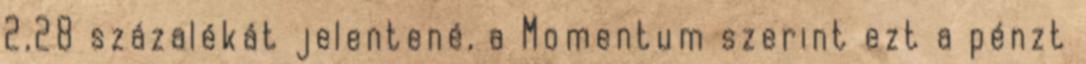
2,28 százalékát jelentené, a Momentum szerint ezt a pénzt